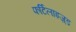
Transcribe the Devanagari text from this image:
फर्टिलाइज़्ड